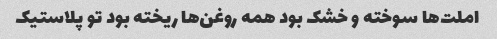
املت‌ها سوخته و خشک بود همه روغن‌ها ریخته بود تو پلاستیک